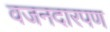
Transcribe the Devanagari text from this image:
वजनदारपण